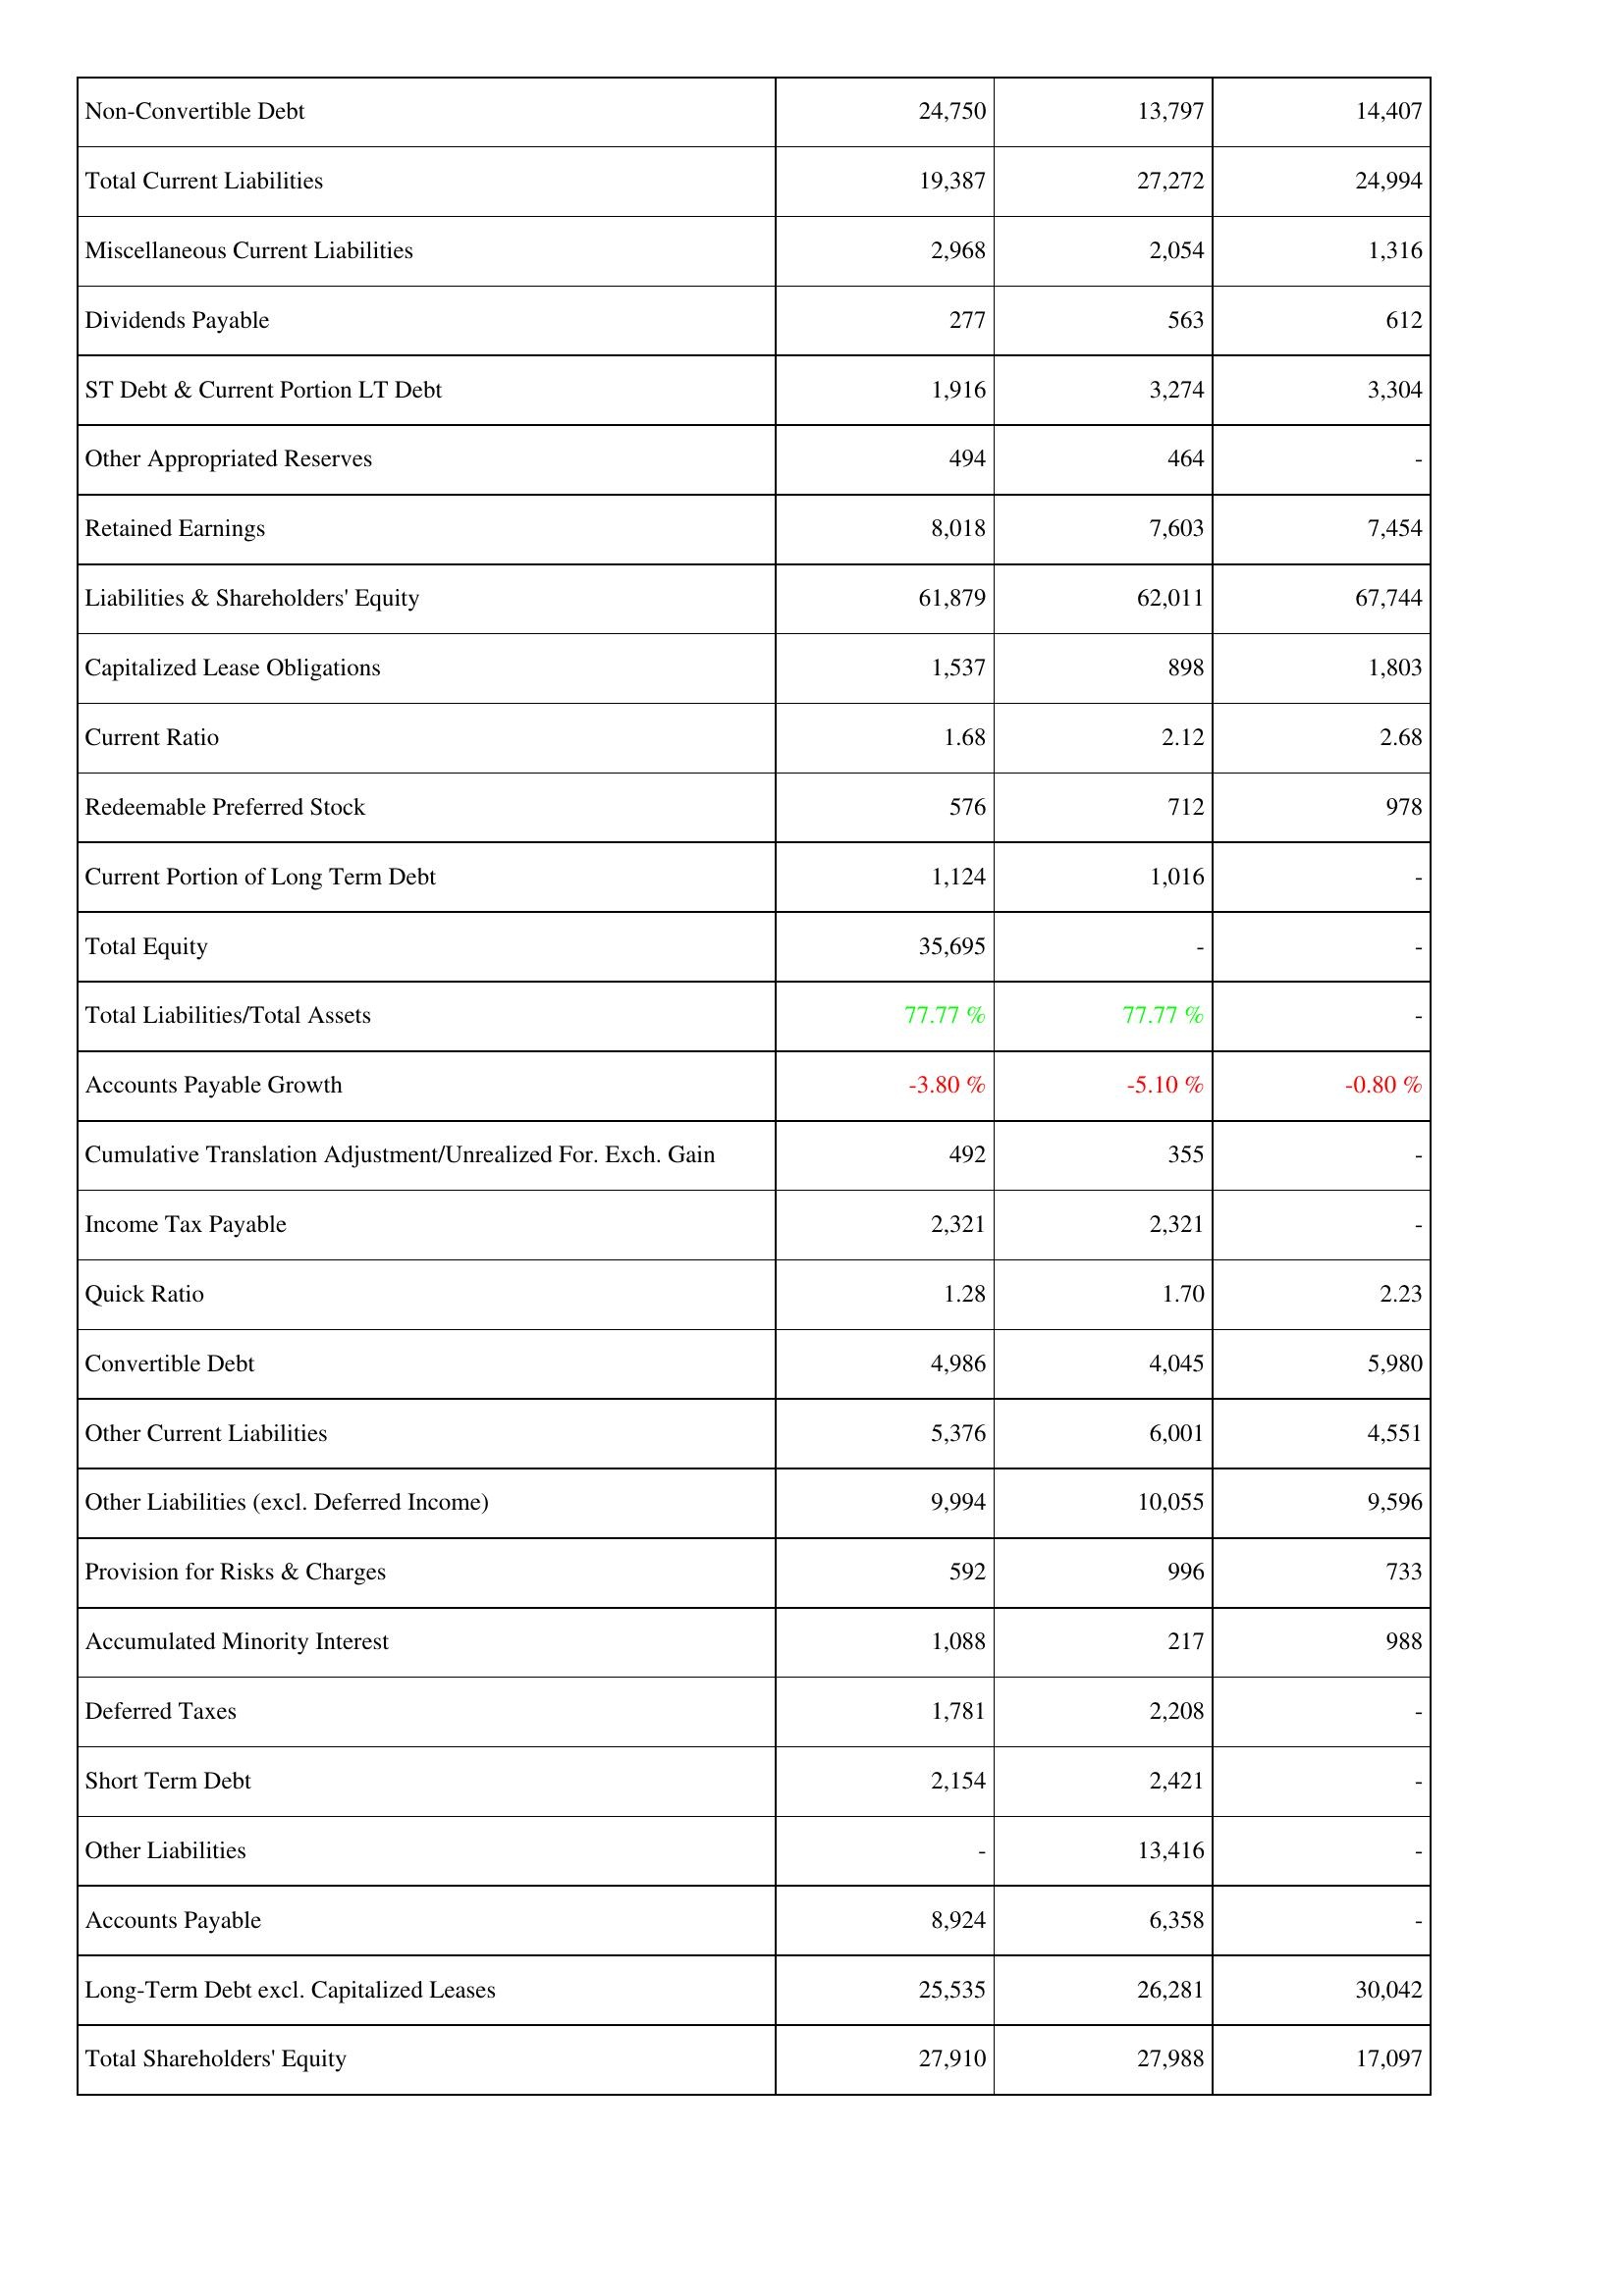
2021: Liabilities & Shareholders' Equity: Non-Convertible Debt: 24,750
Total Current Liabilities: 19,387
Miscellaneous Current Liabilities: 2,968
Dividends Payable: 277
ST Debt & Current Portion LT Debt: 1,916
Other Appropriated Reserves: 494
Retained Earnings: 8,018
Liabilities & Shareholders' Equity: 61,879
Capitalized Lease Obligations: 1,537
Current Ratio: 1.68
Redeemable Preferred Stock: 576
Current Portion of Long Term Debt: 1,124
Total Equity: 35,695
Total Liabilities/Total Assets: 77.77 %
Accounts Payable Growth: -3.80 %
Cumulative Translation Adjustment/Unrealized For. Exch. Gain: 492
Income Tax Payable: 2,321
Quick Ratio: 1.28
Convertible Debt: 4,986
Other Current Liabilities: 5,376
Other Liabilities (excl. Deferred Income): 9,994
Provision for Risks & Charges: 592
Accumulated Minority Interest: 1,088
Deferred Taxes: 1,781
Short Term Debt: 2,154
Other Liabilities: -
Accounts Payable: 8,924
Long-Term Debt excl. Capitalized Leases: 25,535
Total Shareholders' Equity: 27,910
2022: Liabilities & Shareholders' Equity: Non-Convertible Debt: 13,797
Total Current Liabilities: 27,272
Miscellaneous Current Liabilities: 2,054
Dividends Payable: 563
ST Debt & Current Portion LT Debt: 3,274
Other Appropriated Reserves: 464
Retained Earnings: 7,603
Liabilities & Shareholders' Equity: 62,011
Capitalized Lease Obligations: 898
Current Ratio: 2.12
Redeemable Preferred Stock: 712
Current Portion of Long Term Debt: 1,016
Total Equity: -
Total Liabilities/Total Assets: 77.77 %
Accounts Payable Growth: -5.10 %
Cumulative Translation Adjustment/Unrealized For. Exch. Gain: 355
Income Tax Payable: 2,321
Quick Ratio: 1.70
Convertible Debt: 4,045
Other Current Liabilities: 6,001
Other Liabilities (excl. Deferred Income): 10,055
Provision for Risks & Charges: 996
Accumulated Minority Interest: 217
Deferred Taxes: 2,208
Short Term Debt: 2,421
Other Liabilities: 13,416
Accounts Payable: 6,358
Long-Term Debt excl. Capitalized Leases: 26,281
Total Shareholders' Equity: 27,988
2023: Liabilities & Shareholders' Equity: Non-Convertible Debt: 14,407
Total Current Liabilities: 24,994
Miscellaneous Current Liabilities: 1,316
Dividends Payable: 612
ST Debt & Current Portion LT Debt: 3,304
Other Appropriated Reserves: -
Retained Earnings: 7,454
Liabilities & Shareholders' Equity: 67,744
Capitalized Lease Obligations: 1,803
Current Ratio: 2.68
Redeemable Preferred Stock: 978
Current Portion of Long Term Debt: -
Total Equity: -
Total Liabilities/Total Assets: -
Accounts Payable Growth: -0.80 %
Cumulative Translation Adjustment/Unrealized For. Exch. Gain: -
Income Tax Payable: -
Quick Ratio: 2.23
Convertible Debt: 5,980
Other Current Liabilities: 4,551
Other Liabilities (excl. Deferred Income): 9,596
Provision for Risks & Charges: 733
Accumulated Minority Interest: 988
Deferred Taxes: -
Short Term Debt: -
Other Liabilities: -
Accounts Payable: -
Long-Term Debt excl. Capitalized Leases: 30,042
Total Shareholders' Equity: 17,097